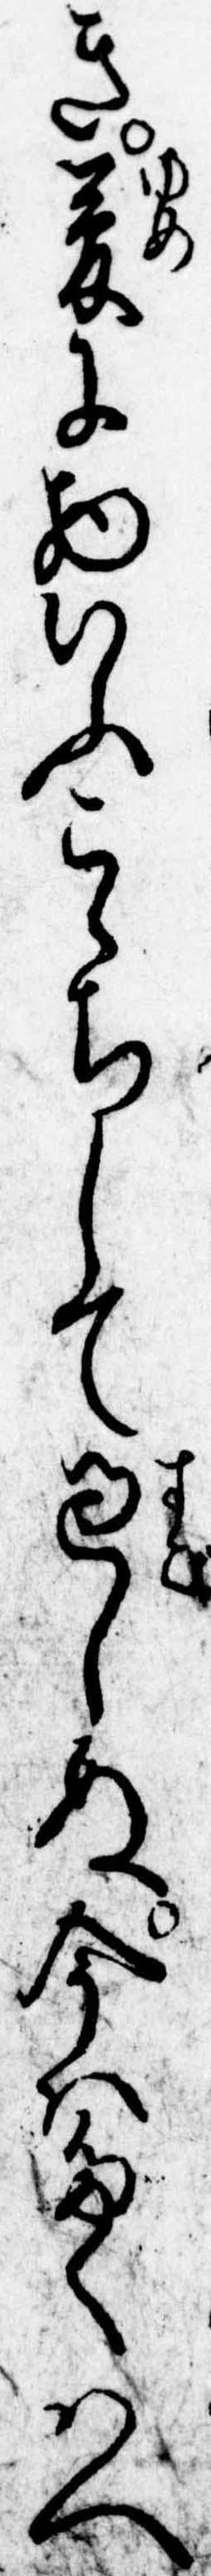
き夢に物いふこゝちして過しぬ今はたくはへ